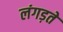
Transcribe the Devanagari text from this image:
लंगड़ते